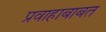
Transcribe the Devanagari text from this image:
प्रवाहाबाबत